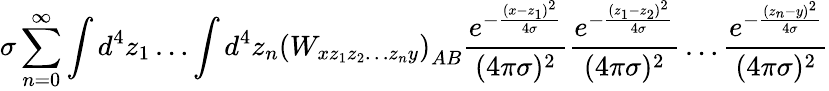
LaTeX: \sigma\sum_{n=0}^{\infty}\int d^{4}z_{1}\dots\int d^{4}z_{n}\left(W_{xz_{1}z_{2}\dots z_{n}y}\right)_{AB}\frac{e^{-\frac{(x-z_{1})^{2}}{4\sigma}}}{(4\pi\sigma)^{2}}\frac{e^{-\frac{(z_{1}-z_{2})^{2}}{4\sigma}}}{(4\pi\sigma)^{2}}\dots\frac{e^{-\frac{(z_{n}-y)^{2}}{4\sigma}}}{(4\pi\sigma)^{2}}